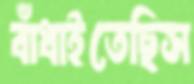
বাঁধাইতেছিস